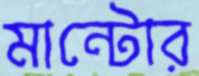
মান্টোর